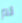
لم